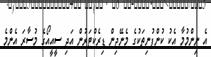
އެ ނިންމުމާ އެކު ކުންފުނިތަކުގެ މެނޭޖިން ޑިރެކްޓަރުން އަދި ސީއީއޯގެ މުސާރަ އެންމެ